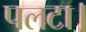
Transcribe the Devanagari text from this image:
पलटा।